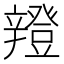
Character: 𨐸